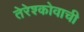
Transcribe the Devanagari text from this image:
तेरेश्कोवाची